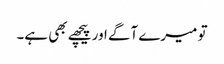
تو میرے آگے اور پیچھے بھی ہے۔